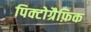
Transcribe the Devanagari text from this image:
पिक्टोग्रैफ़िक